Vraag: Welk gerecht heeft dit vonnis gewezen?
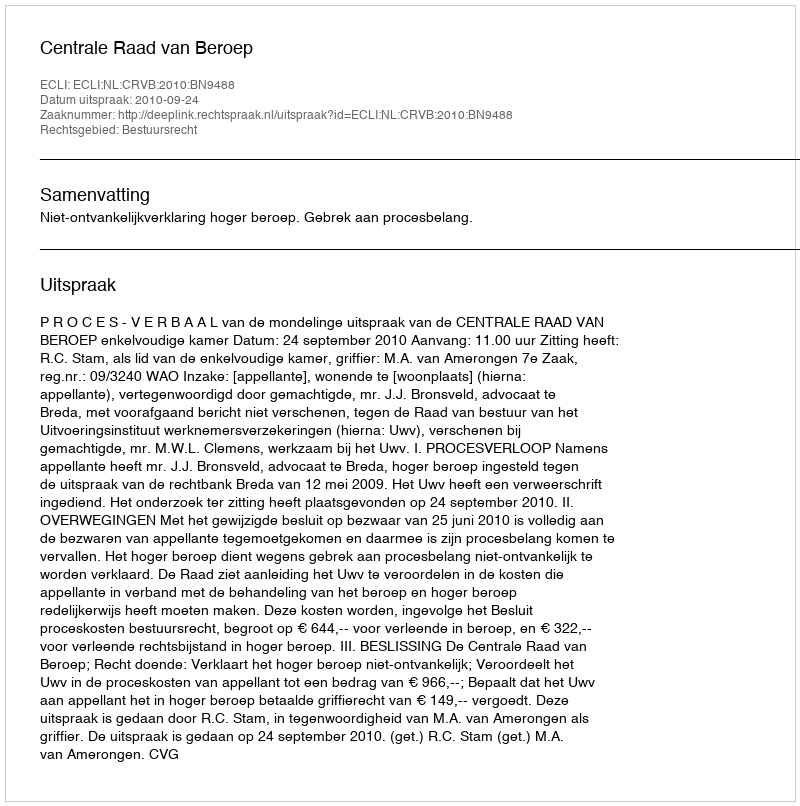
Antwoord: Centrale Raad van Beroep